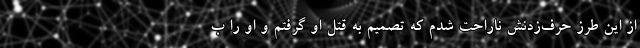
از این طرز حرف‌زدنش ناراحت شدم که تصمیم به قتل او گرفتم و او را ب